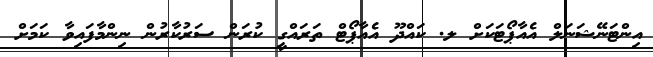
އިންޓަނޭޝަނަލް އެއާޕޯޓަކަށް ލ. ކައްދޫ އެއާޕޯޓް ތަރައްގީ ކުރަން ސަރުކާރުުން ނިންމާފައިވާ ކަމަށް